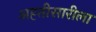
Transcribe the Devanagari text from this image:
अह्तीसारीला